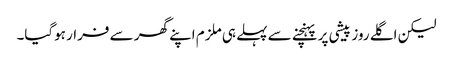
لیکن اگلے روز پیشی پر پہنچنے سے پہلے ہی ملزم اپنے گھر سے فرار ہوگیا۔